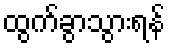
ထွက်ခွာသွားရန်